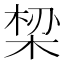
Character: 𬂾